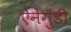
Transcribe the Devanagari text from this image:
ऐनेगुंडी